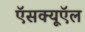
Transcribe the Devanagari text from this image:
ऍसक्यूऍल